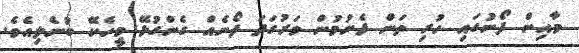
މާއިން ފޯނުގައި ހުރި ތަން ފެނުމުން ވަރުގަދަ ފޯނެއް ގެންގުޅޭ މީހެކޭ ބުނެލިއެވެ.